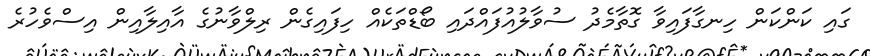
ގައި ކަންކަން ހިނގާފައިވާ ގޮތާމެދު ސުވާލުއުފައްދައި ބޯޑްތަކެއް ހިފައިގެން ރިލްވާނުގެ އާއިލާއިން އިސްވެހުރެ